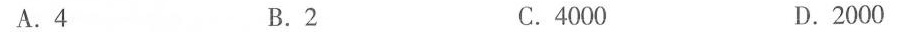
A.4 B.2 C.4000 D.2000